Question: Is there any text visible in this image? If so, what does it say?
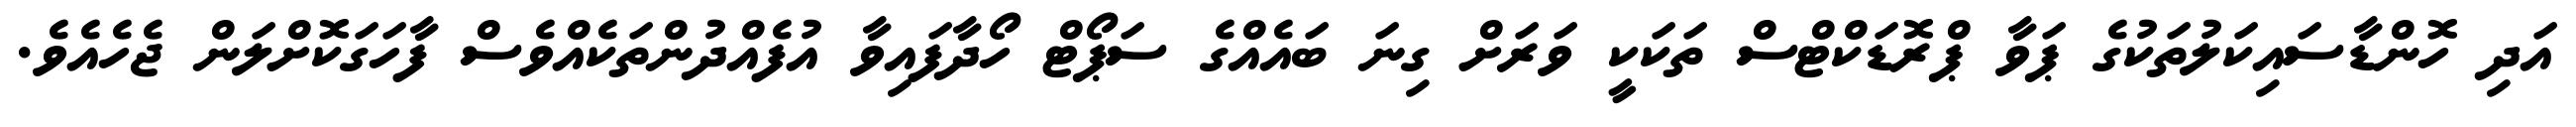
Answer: އަދި ހޮންޑާސައިކަލުތަކުގެ ޕަވާ ޕްރޮޑަކްޓްސް ތަކަކީ ވަރަށް ގިނަ ބައެއްގެ ސަޕޯޓް ހޯދާފައިވާ އުފެއްދުންތަކެއްވެސް ފާހަގަކޮށްލަން ޖެހެއެވެ.